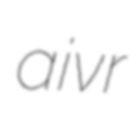
aivr